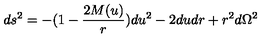
d s ^ { 2 } = - ( 1 - \frac { 2 M ( u ) } r ) d u ^ { 2 } - 2 d u d r + r ^ { 2 } d \Omega ^ { 2 }